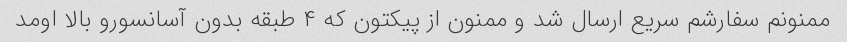
ممنونم سفارشم سریع ارسال شد و ممنون از پیکتون که ۴ طبقه بدون آسانسورو بالا اومد